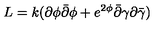
L = k ( \partial \phi \bar { \partial } \phi + e ^ { 2 \phi } \bar { \partial } \gamma \partial \bar { \gamma } )